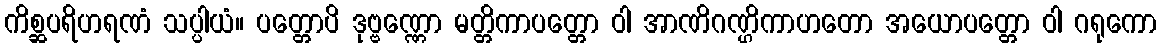
ကိစ္ဆပရိဟရဏံ သပ္ပါယံ။ ပတ္တောပိ ဒုဗ္ဗဏ္ဏော မတ္တိကာပတ္တော ဝါ အာဏိဂဏ္ဌိကာဟတော အယောပတ္တော ဝါ ဂရုကော